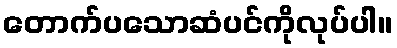
တောက်ပသောဆံပင်ကိုလုပ်ပါ။